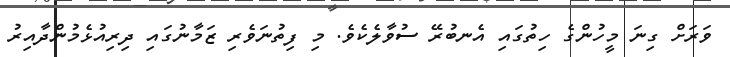
ވަރަށް ގިނަ މީހުންގެ ހިތުގައި އެނބުރޭ ސުވާލެކެވެ. މި ފިތުނަވެރި ޒަމާނުގައި ދިރިއުޅެމުންދާއިރު